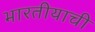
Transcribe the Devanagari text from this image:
भारतीयाची